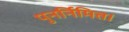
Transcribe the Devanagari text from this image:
पुनर्निमित।